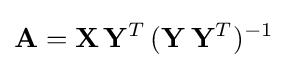
\mathbf {A} =\mathbf {X} \,\mathbf {Y} ^{T}\,(\mathbf {Y} \,\mathbf {Y} ^{T})^{-1}